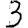
Digit: 3